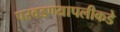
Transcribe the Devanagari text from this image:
परवडण्यापलीकडे